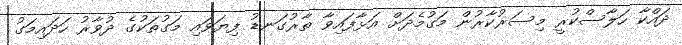
ދައްކާ ހަލާސްކުރީ މިސަރުކާރުން މަގުމެދަށް އަޅާފައިވާ ތާރުގަނޑު ފިޔަވައި މަގުތަކުގެ ދުވާރު ހަދައިމަގު